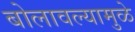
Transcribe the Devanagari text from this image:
बोलावल्यामुळे